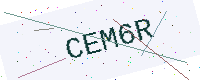
Text: CEM6R